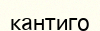
кантиго